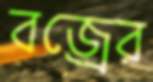
বজ্রের